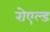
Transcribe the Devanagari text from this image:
रोएल्ड